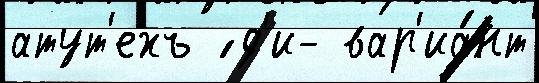
атут'ехъ ́ д'и- вар'иа́нт